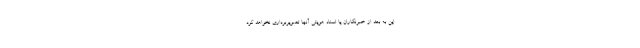
این به بعد از خبرنگاران یا اسناد هویتی آنها تصویربرداری نخواهد کرد.